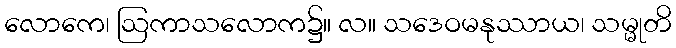
လောကေ၊ ဩကာသလောက၌။ လ။ သဒေဝမနုဿာယ၊ သမ္မုတိ